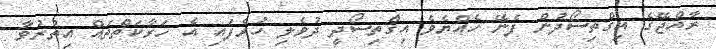
ރާއްޖޭގެ އިގްތިސޯދުން ފެނޭ ހެއްޔެވެ އިގްތިސޯދީ ދުވެލި ހުރެފައި އެ ހަރާކަތްތައް އިތުރުވާ